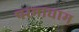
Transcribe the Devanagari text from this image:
परमाधाम